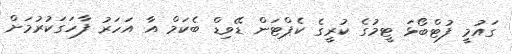
ގައުމީ ފުޓްބޯޅަ ޓީމުގެ ކުރީގެ ކެޕްޓަން ޑޭވިޑް ބެކަމް އާ އަހަރު ފާހަގަކުރުމަށް